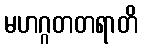
မဟဂ္ဂတတရာတိ